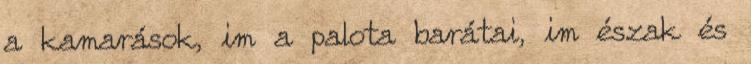
a kamarások, im a palota barátai, im észak és